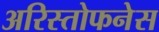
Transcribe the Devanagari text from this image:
अरिस्तोफनेस